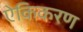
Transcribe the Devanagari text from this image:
ऐकिकरण